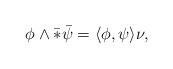
LaTeX: \begin{align*}\phi\wedge\bar *\bar\psi = \langle\phi,\psi\rangle \nu, \end{align*}